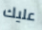
عليك